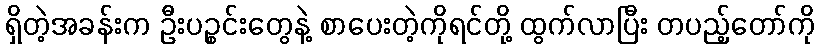
ရှိတဲ့အခန်းက ဦးပဉ္စင်းတွေနဲ့ စာပေးတဲ့ကိုရင်တို့ ထွက်လာပြီး တပည့်တော်ကို